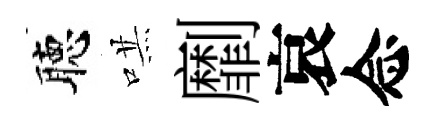
聴哄劘哀念